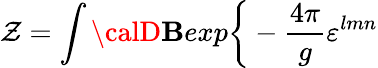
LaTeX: \mathcal{Z}=\int{\calD}{\mathbf{B}}exp\bigg\{ -{\frac{{4\pi}}{{g}}}\varepsilon^{lmn}